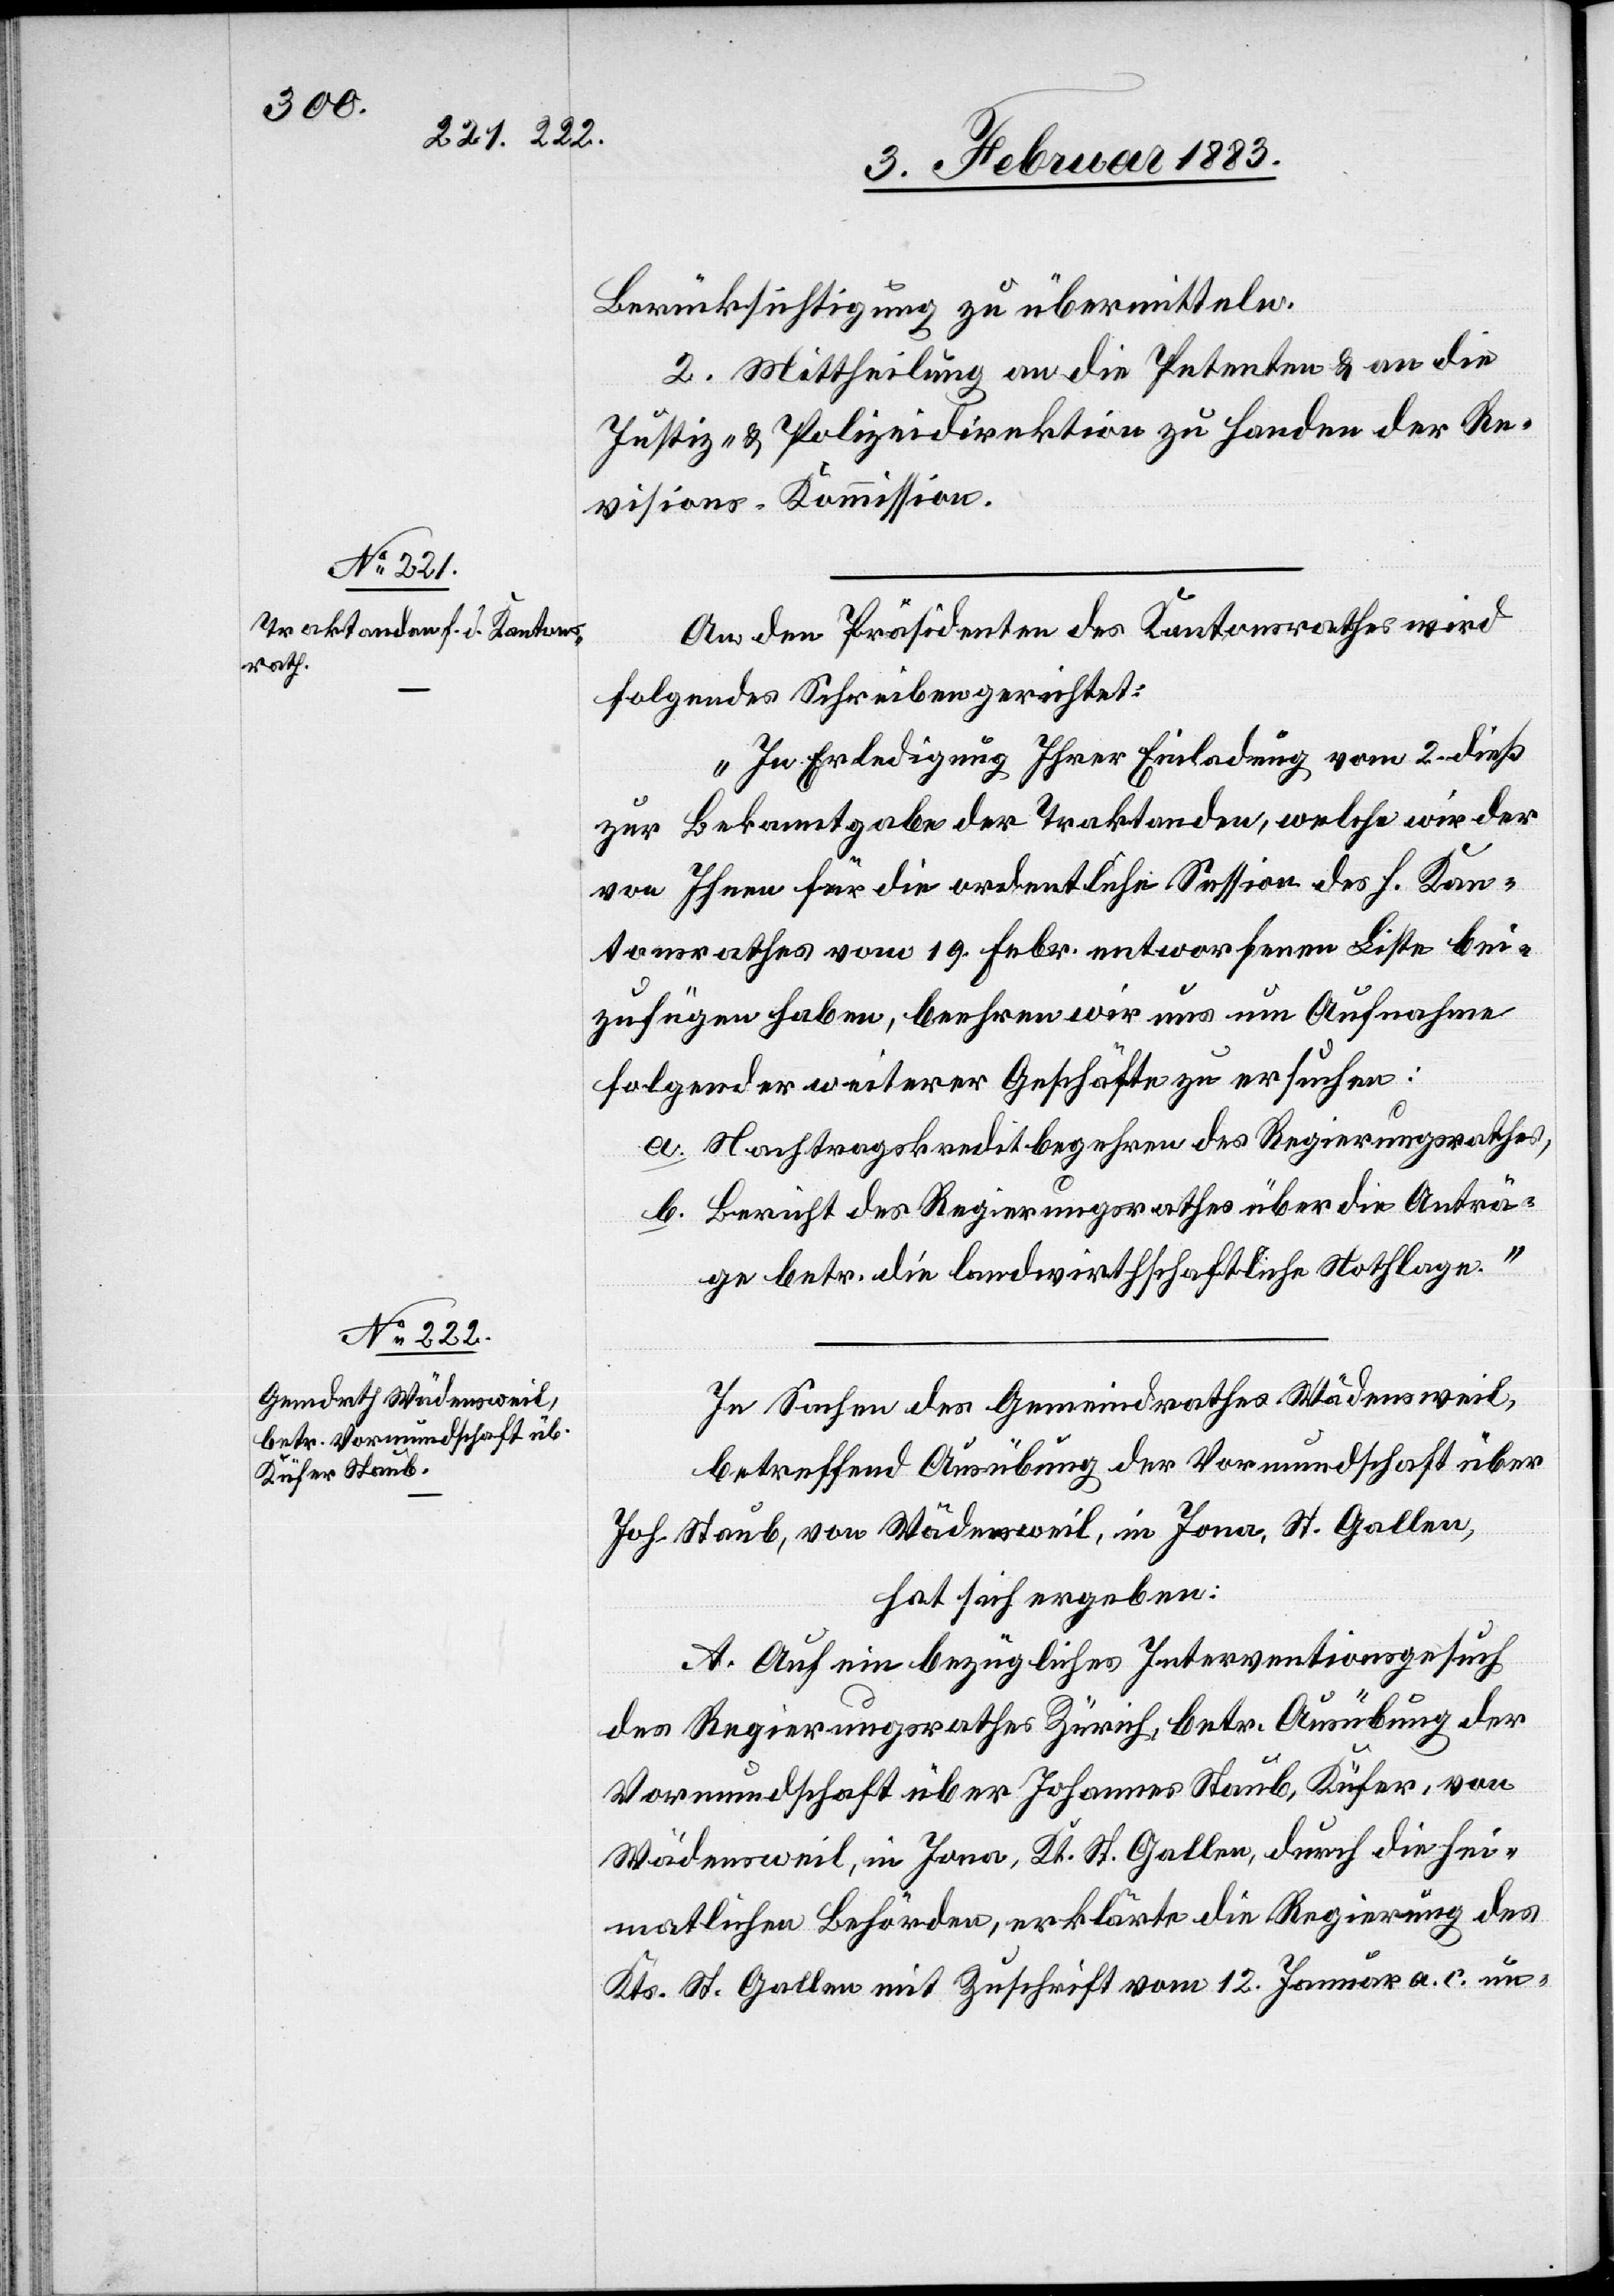
Berücksichtigung zu übermitteln.
2. Mittheilung an die Petenten & an die
Justiz- & Polizeidirektion zu Handen der Re¬
visions-Kommission.
An den Präsidenten des Kantonsrathes wird
folgendes Schreiben gerichtet:
„In Erledigung Ihrer Einladung vom 2. dieß
zur Bekanntgabe der Traktanden, welche wir der
von Ihnen für die ordentliche Session des h. Kan¬
tonsrathes vom 19. Febr. entworfenen Liste bei¬
zufügen haben, beehren wir uns um Aufnahme
folgender weiterer Geschäfte zu ersuchen:
a. Nachtragskreditbegehren des Regierungsrathes,
b. Bericht des Regierungsrathes über die Anträ¬
ge betr. die landwirthschaftliche Nothlage.“
In Sachen des Gemeindrathes Wädensweil,
betreffend Ausübung der Vormundschaft über
Joh. Staub, von Wädensweil, in Jona, St. Gallen,
hat sich ergeben:
A. Auf ein bezügliches Interventionsgesuch
des Regierungsrathes Zürich, betr. Ausübung der
Vormundschaft über Johannes Staub, Küfer, von
Wädensweil, in Jona, Kt. St. Gallen, durch die hei¬
matlichen Behörden, erklärte die Regierung des
Kts. St. Gallen mit Zuschrift vom 12. Januar a. c. un-